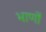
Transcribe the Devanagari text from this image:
भाणों